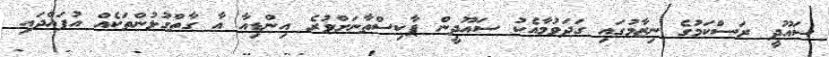
ސައޫދީ ރަސްކަމުގެ ނިޒާމުގައި ގަދަވުމާއެކު ސައޫދީން ޕާކިސްތާނަށްވުރެ އިންޑިއާ އާ ގާތްގުޅުންތަކެއް އުފައްދައި